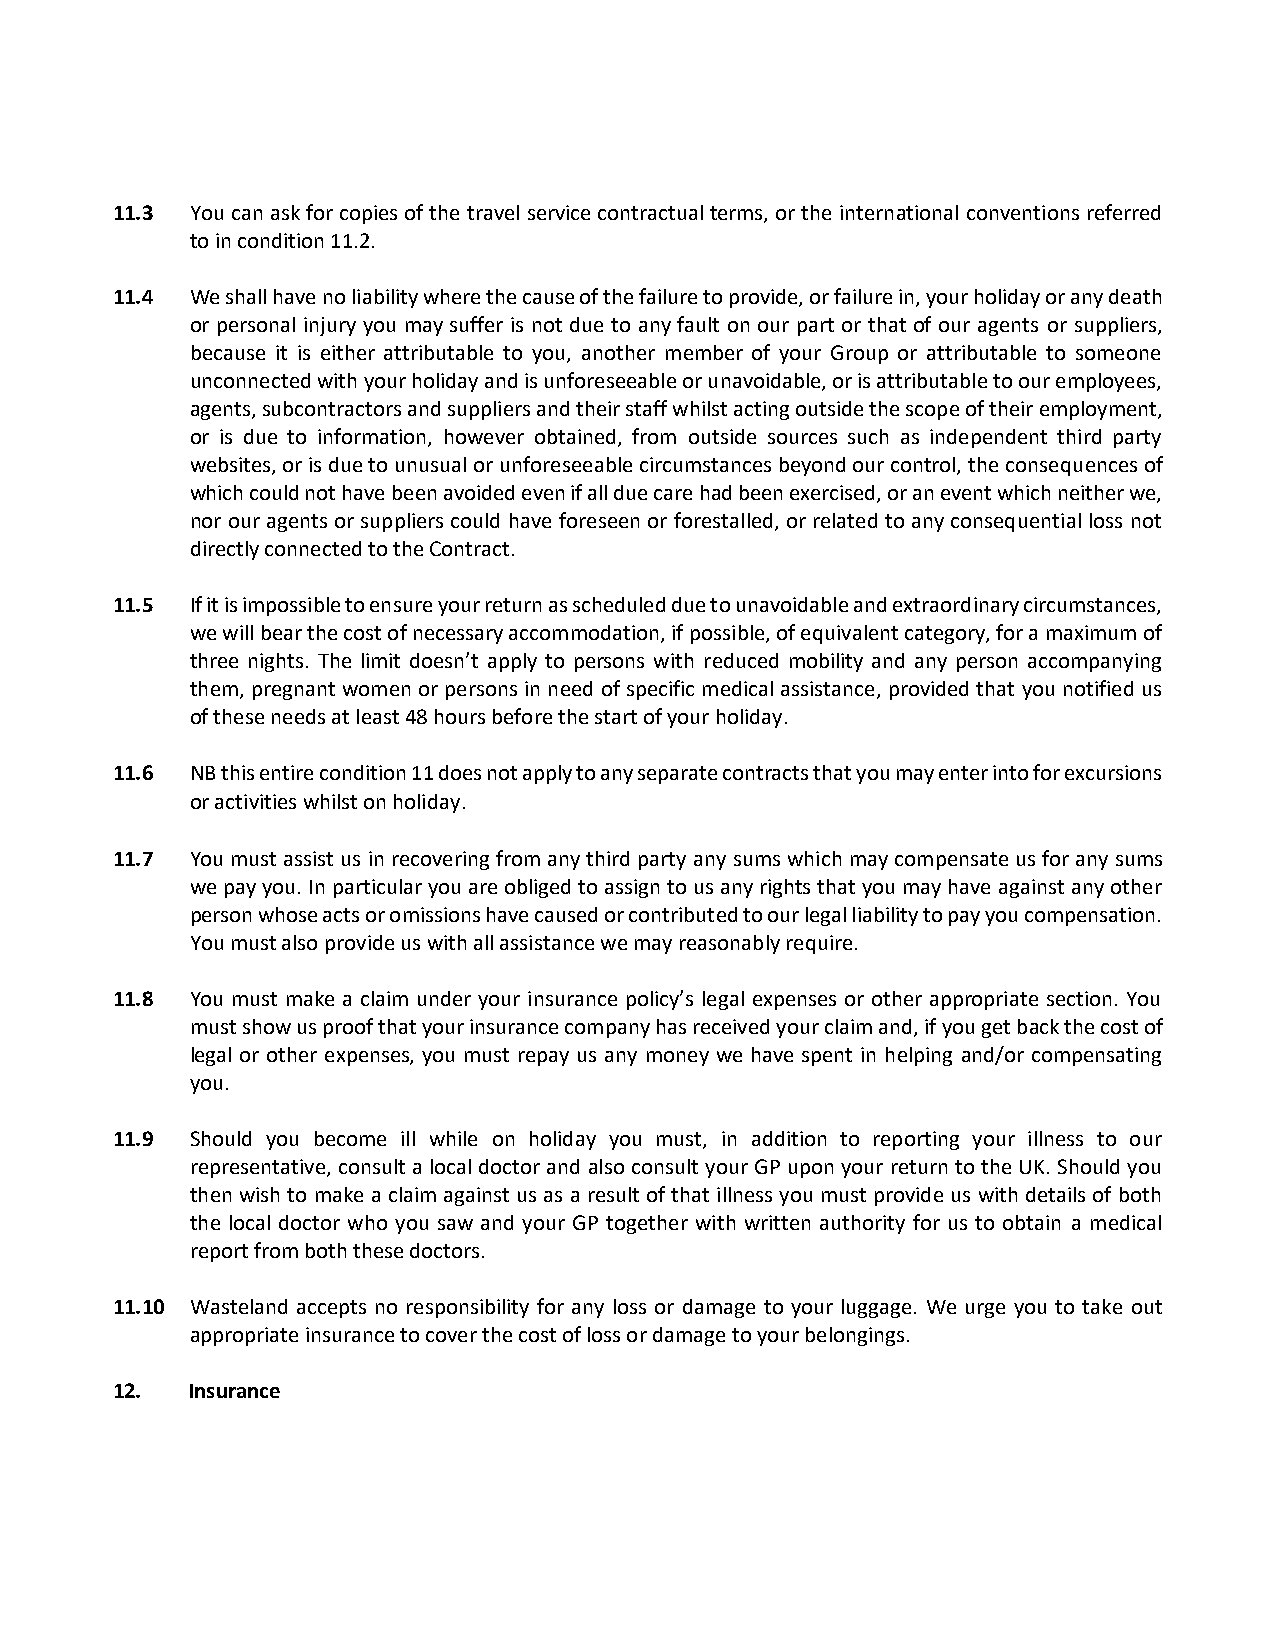
11.3  You can ask for copies of the travel service contractual terms, or the international conventions referred
 to in condition 11.2.
 11.4  We shall have no liability where the cause of the failure to provide, or failure in, your holiday or any death
 or personal injury you may suffer is not due to any fault on our part or that of our agents or suppliers,
 because it is either attributable to you, another member of your Group or attributable to someone
 unconnected with your holiday and is unforeseeable or unavoidable, or is attributable to our employees,
 agents, subcontractors and suppliers and their staff whilst acting outside the scope of their employment,
 or is due to information, however obtained, from outside sources such as independent third party
 websites, or is due to unusual or unforeseeable circumstances beyond our control, the consequences of
 which could not have been avoided even if all due care had been exercised, or an event which neither we,
 nor our agents or suppliers could have foreseen or forestalled, or related to any consequential loss not
 directly connected to the Contract.
 11.5  If it is impossible to ensure your return as scheduled due to unavoidable and extraordinary circumstances,
 we will bear the cost of necessary accommodation, if possible, of equivalent category, for a maximum of
 three nights. The limit doesn’t apply to persons with reduced mobility and any person accompanying
 them, pregnant women or persons in need of specific medical assistance, provided that you notified us
 of these needs at least 48 hours before the start of your holiday.
 11.6  NB this entire condition 11 does not apply to any separate contracts that you may enter into for excursions
 or activities whilst on holiday.
 11.7  You must assist us in recovering from any third party any sums which may compensate us for any sums
 we pay you. In particular you are obliged to assign to us any rights that you may have against any other
 person whose acts or omissions have caused or contributed to our legal liability to pay you compensation.
 You must also provide us with all assistance we may reasonably require.
 11.8  You must make a claim under your insurance policy’s legal expenses or other appropriate section. You
 must show us proof that your insurance company has received your claim and, if you get back the cost of
 legal or other expenses, you must repay us any money we have spent in helping and/or compensating
 you.
 11.9  Should you become ill while on holiday you must, in addition to reporting your illness to our
 representative, consult a local doctor and also consult your GP upon your return to the UK. Should you
 then wish to make a claim against us as a result of that illness you must provide us with details of both
 the local doctor who you saw and your GP together with written authority for us to obtain a medical
 report from both these doctors.
 11.10 Wasteland accepts no responsibility for any loss or damage to your luggage. We urge you to take out
 appropriate insurance to cover the cost of loss or damage to your belongings.
 12.  Insurance